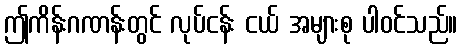
ဤကိန်းဂဏန်းတွင် လုပ်ငန်း ငယ် အများစု ပါဝင်သည်။